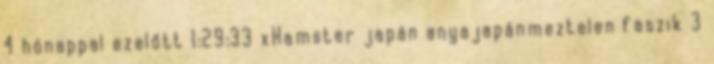
4 hónappal ezelőtt 1:29:33 xHamster japán anyajapánmeztelen faszik 3